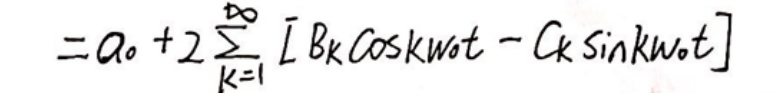
\[
=a_{0}+2\sum_{k = 1}^{\infty}\left[B_{k}\cos(k\omega_{0}t)-C_{k}\sin(k\omega_{0}t)\right]
\]